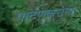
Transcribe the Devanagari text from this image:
पाटणकरांना